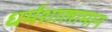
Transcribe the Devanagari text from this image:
धर्मशालामान